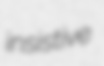
insistive